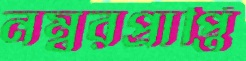
নম্বরপ্রাপ্তি